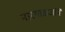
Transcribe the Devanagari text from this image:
नारगाअजर्नि